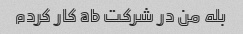
بله من در شرکت ab کار کردم